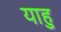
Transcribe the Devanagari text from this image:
याहु